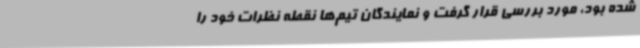
شده بود، مورد بررسی قرار گرفت و نمایندگان تیم‌ها نقطه نظرات خود را